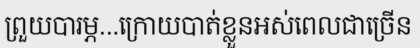
ព្រួយបារម្ភ...ក្រោយបាត់ខ្លួនអស់ពេលជាច្រើន